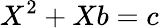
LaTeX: X^{2}+Xb=c